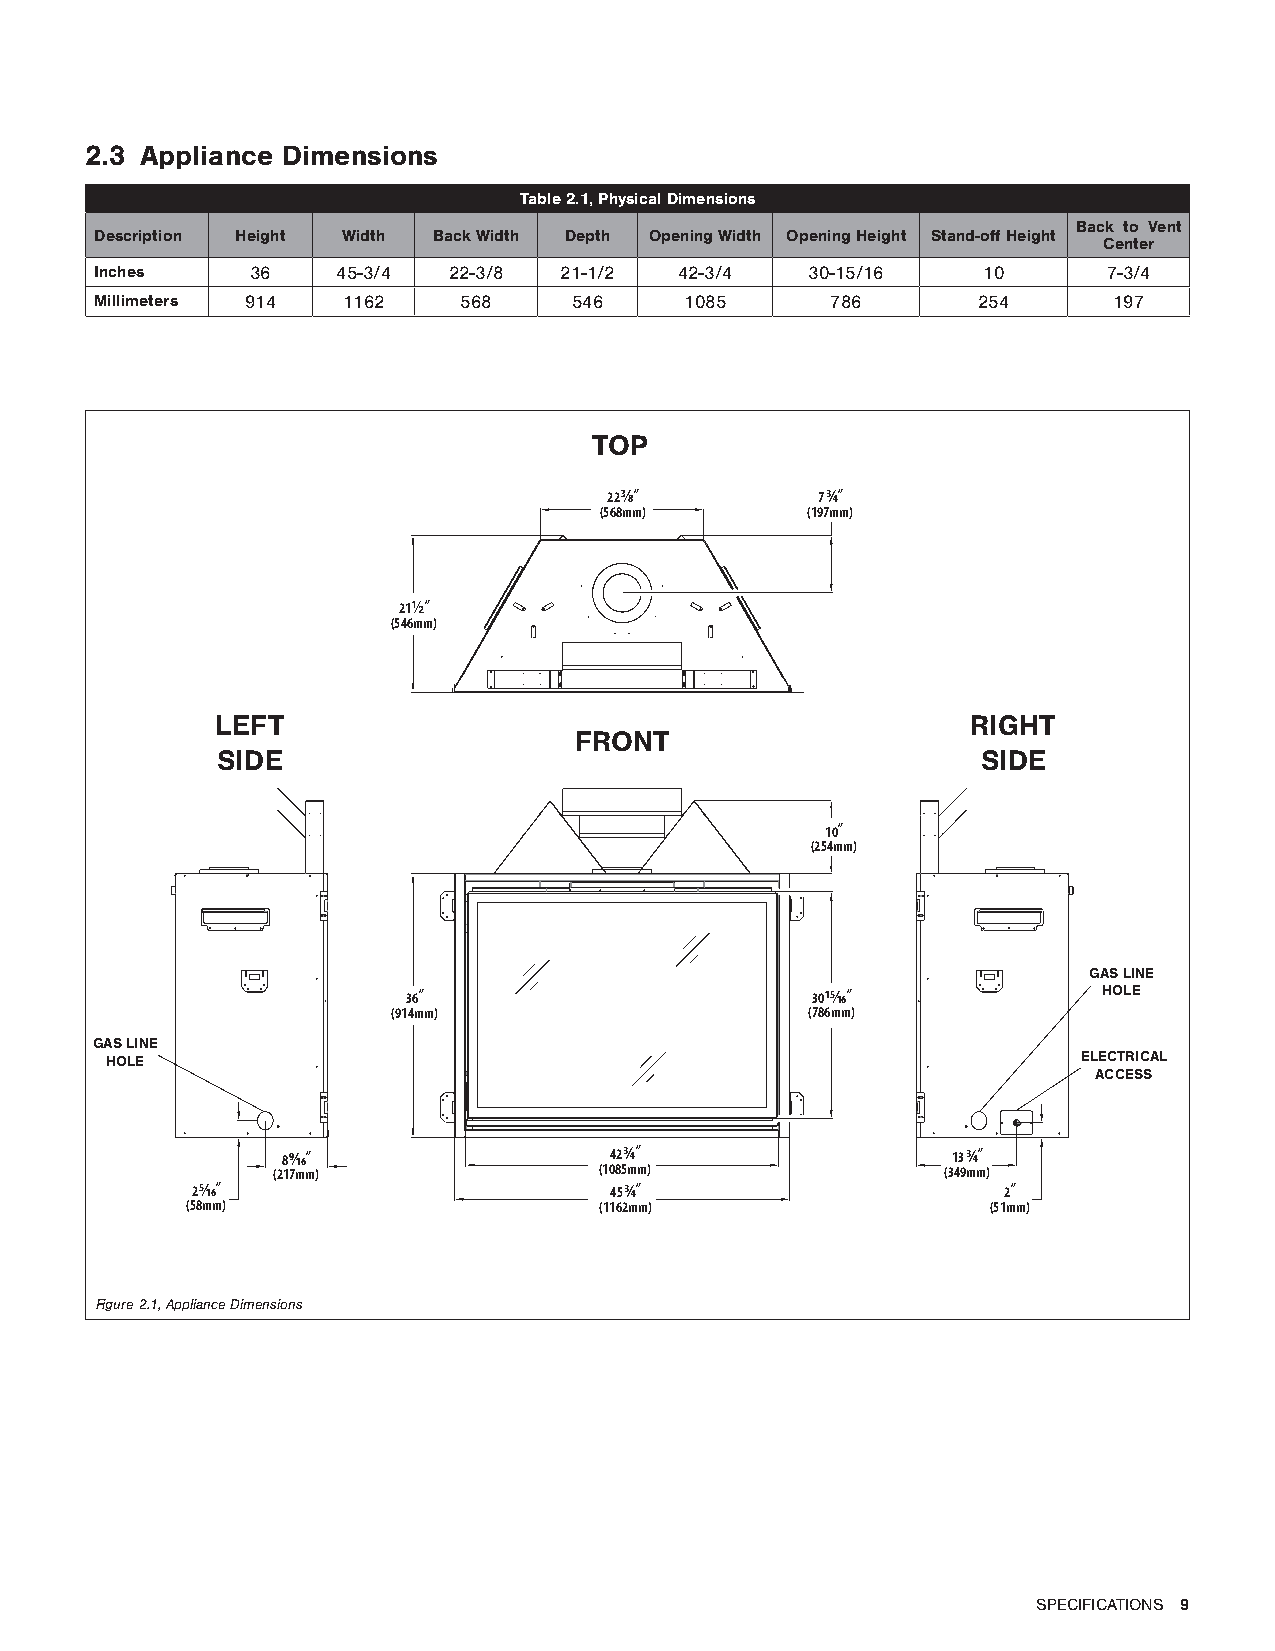
2.3 Appliance Dimensions
 Table 2.1, Physical Dimensions
 Back to Vent
 Description Height Width Back Width Depth Opening Width Opening Height Stand-off Height
 Center
 Inches     36   45-3/4  22-3/8 21-1/2  42-3/4   30-15/16   10      7-3/4
 Millimeters 914  1162   568     546    1085      786       254      197
 TOP
 22 3⁄8”       7 ¾”
 (568mm)      (197mm)
 21 ½”
 (546mm)
 LEFT                                              RIGHT
 FRONT
 SIDE                                               SIDE
 10”
 (254mm)
 GAS LINE
 36”                        30 15⁄16”          HOLE
 (914mm)                     (786mm)
 GAS LINE
 HOLE                                                             ELECTRICAL
 ACCESS
 8 9⁄16”              42 ¾”                  13 ¾”
 (217mm)               (1085mm)               (349mm)
 2 5⁄16”                    45 ¾”                     2”
 (58mm)                      (1162mm)                  (51mm)
 Figure 2.1, Appliance Dimensions
 SPECIFICATIONS 9